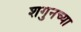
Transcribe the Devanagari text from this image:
शगुनच्या